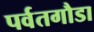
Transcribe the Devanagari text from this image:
पर्वतगौडा